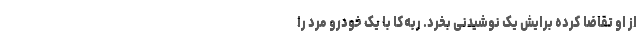
از او تقاضا کرده برایش یک نوشیدنی بخرد. ربه‌کا با یک خودرو مرد را